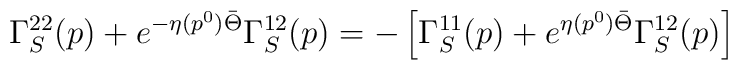
\Gamma_S^{22}(p)+e^{-\eta(p^0)\bar{\Theta}}\Gamma_S^{12}(p)=-\left[\Gamma_S^{11}(p)+e^{\eta(p^0)\bar{\Theta}}\Gamma_S^{12}(p)\right]